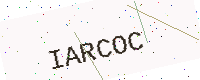
Text: IARCOC